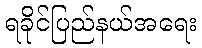
ရခိုင်ပြည်နယ်အရေး